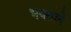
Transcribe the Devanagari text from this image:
भक्‍ताने